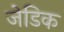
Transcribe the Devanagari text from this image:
जेडिक